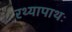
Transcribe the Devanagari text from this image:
रथ्यापाथः